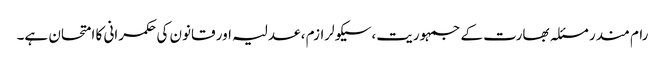
رام مندر مسئلہ بھارت کے جمہوریت،سیکولرازم ، عدلیہ اور قانون کی حکمرانی کا امتحان ہے۔